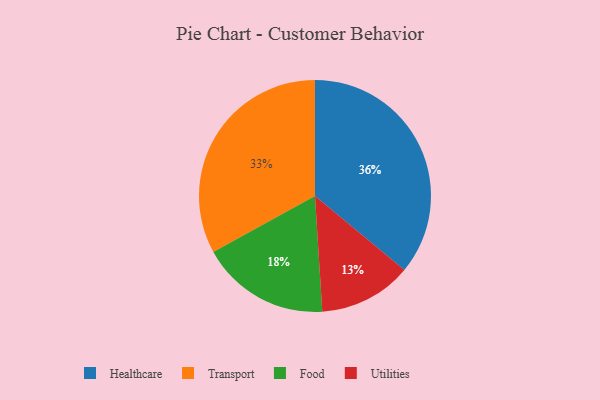
{"axis": {"x": "Category", "y": "Percentage"}, "legend": ["Food", "Healthcare", "Transport", "Utilities"], "data": [{"x": "Utilities", "y": 13, "type": "Utilities"}, {"x": "Healthcare", "y": 36, "type": "Healthcare"}, {"x": "Food", "y": 18, "type": "Food"}, {"x": "Transport", "y": 33, "type": "Transport"}]}